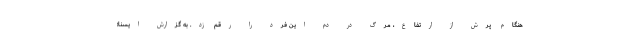
هنگام پرش از ارتفاع، مرگ در دم این فرد را رقم زد. به گزارش ایسنا؛